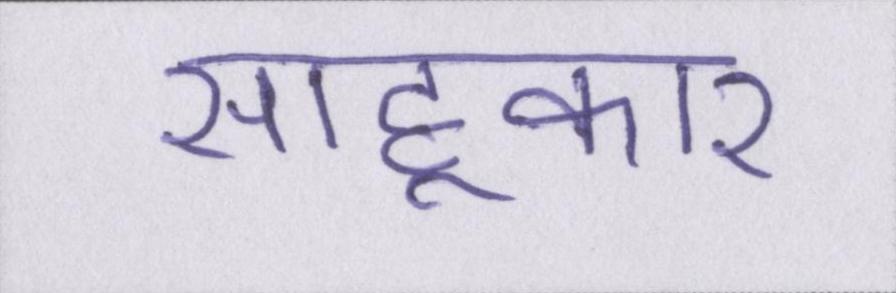
साहूकार